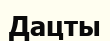
Дацты